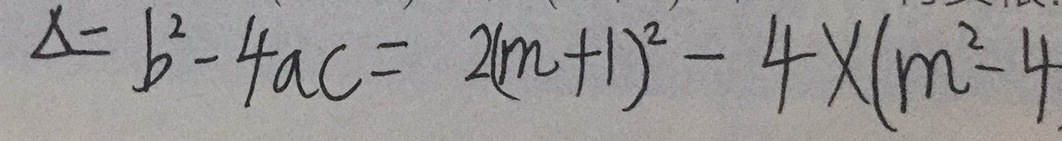
\Delta = b ^ { 2 } - 4 a c = 2 ( m + 1 ) ^ { 2 } - 4 \times ( m ^ { 2 } - 4